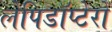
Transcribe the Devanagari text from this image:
लेपिडॉप्टेरों